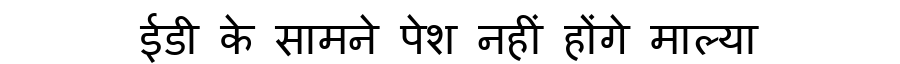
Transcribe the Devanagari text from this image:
ईडी के सामने पेश नहीं होंगे माल्या